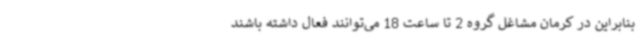
بنابراین در کرمان مشاغل گروه 2 تا ساعت 18 می‌توانند فعال داشته باشند